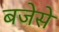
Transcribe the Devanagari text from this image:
बजेसे